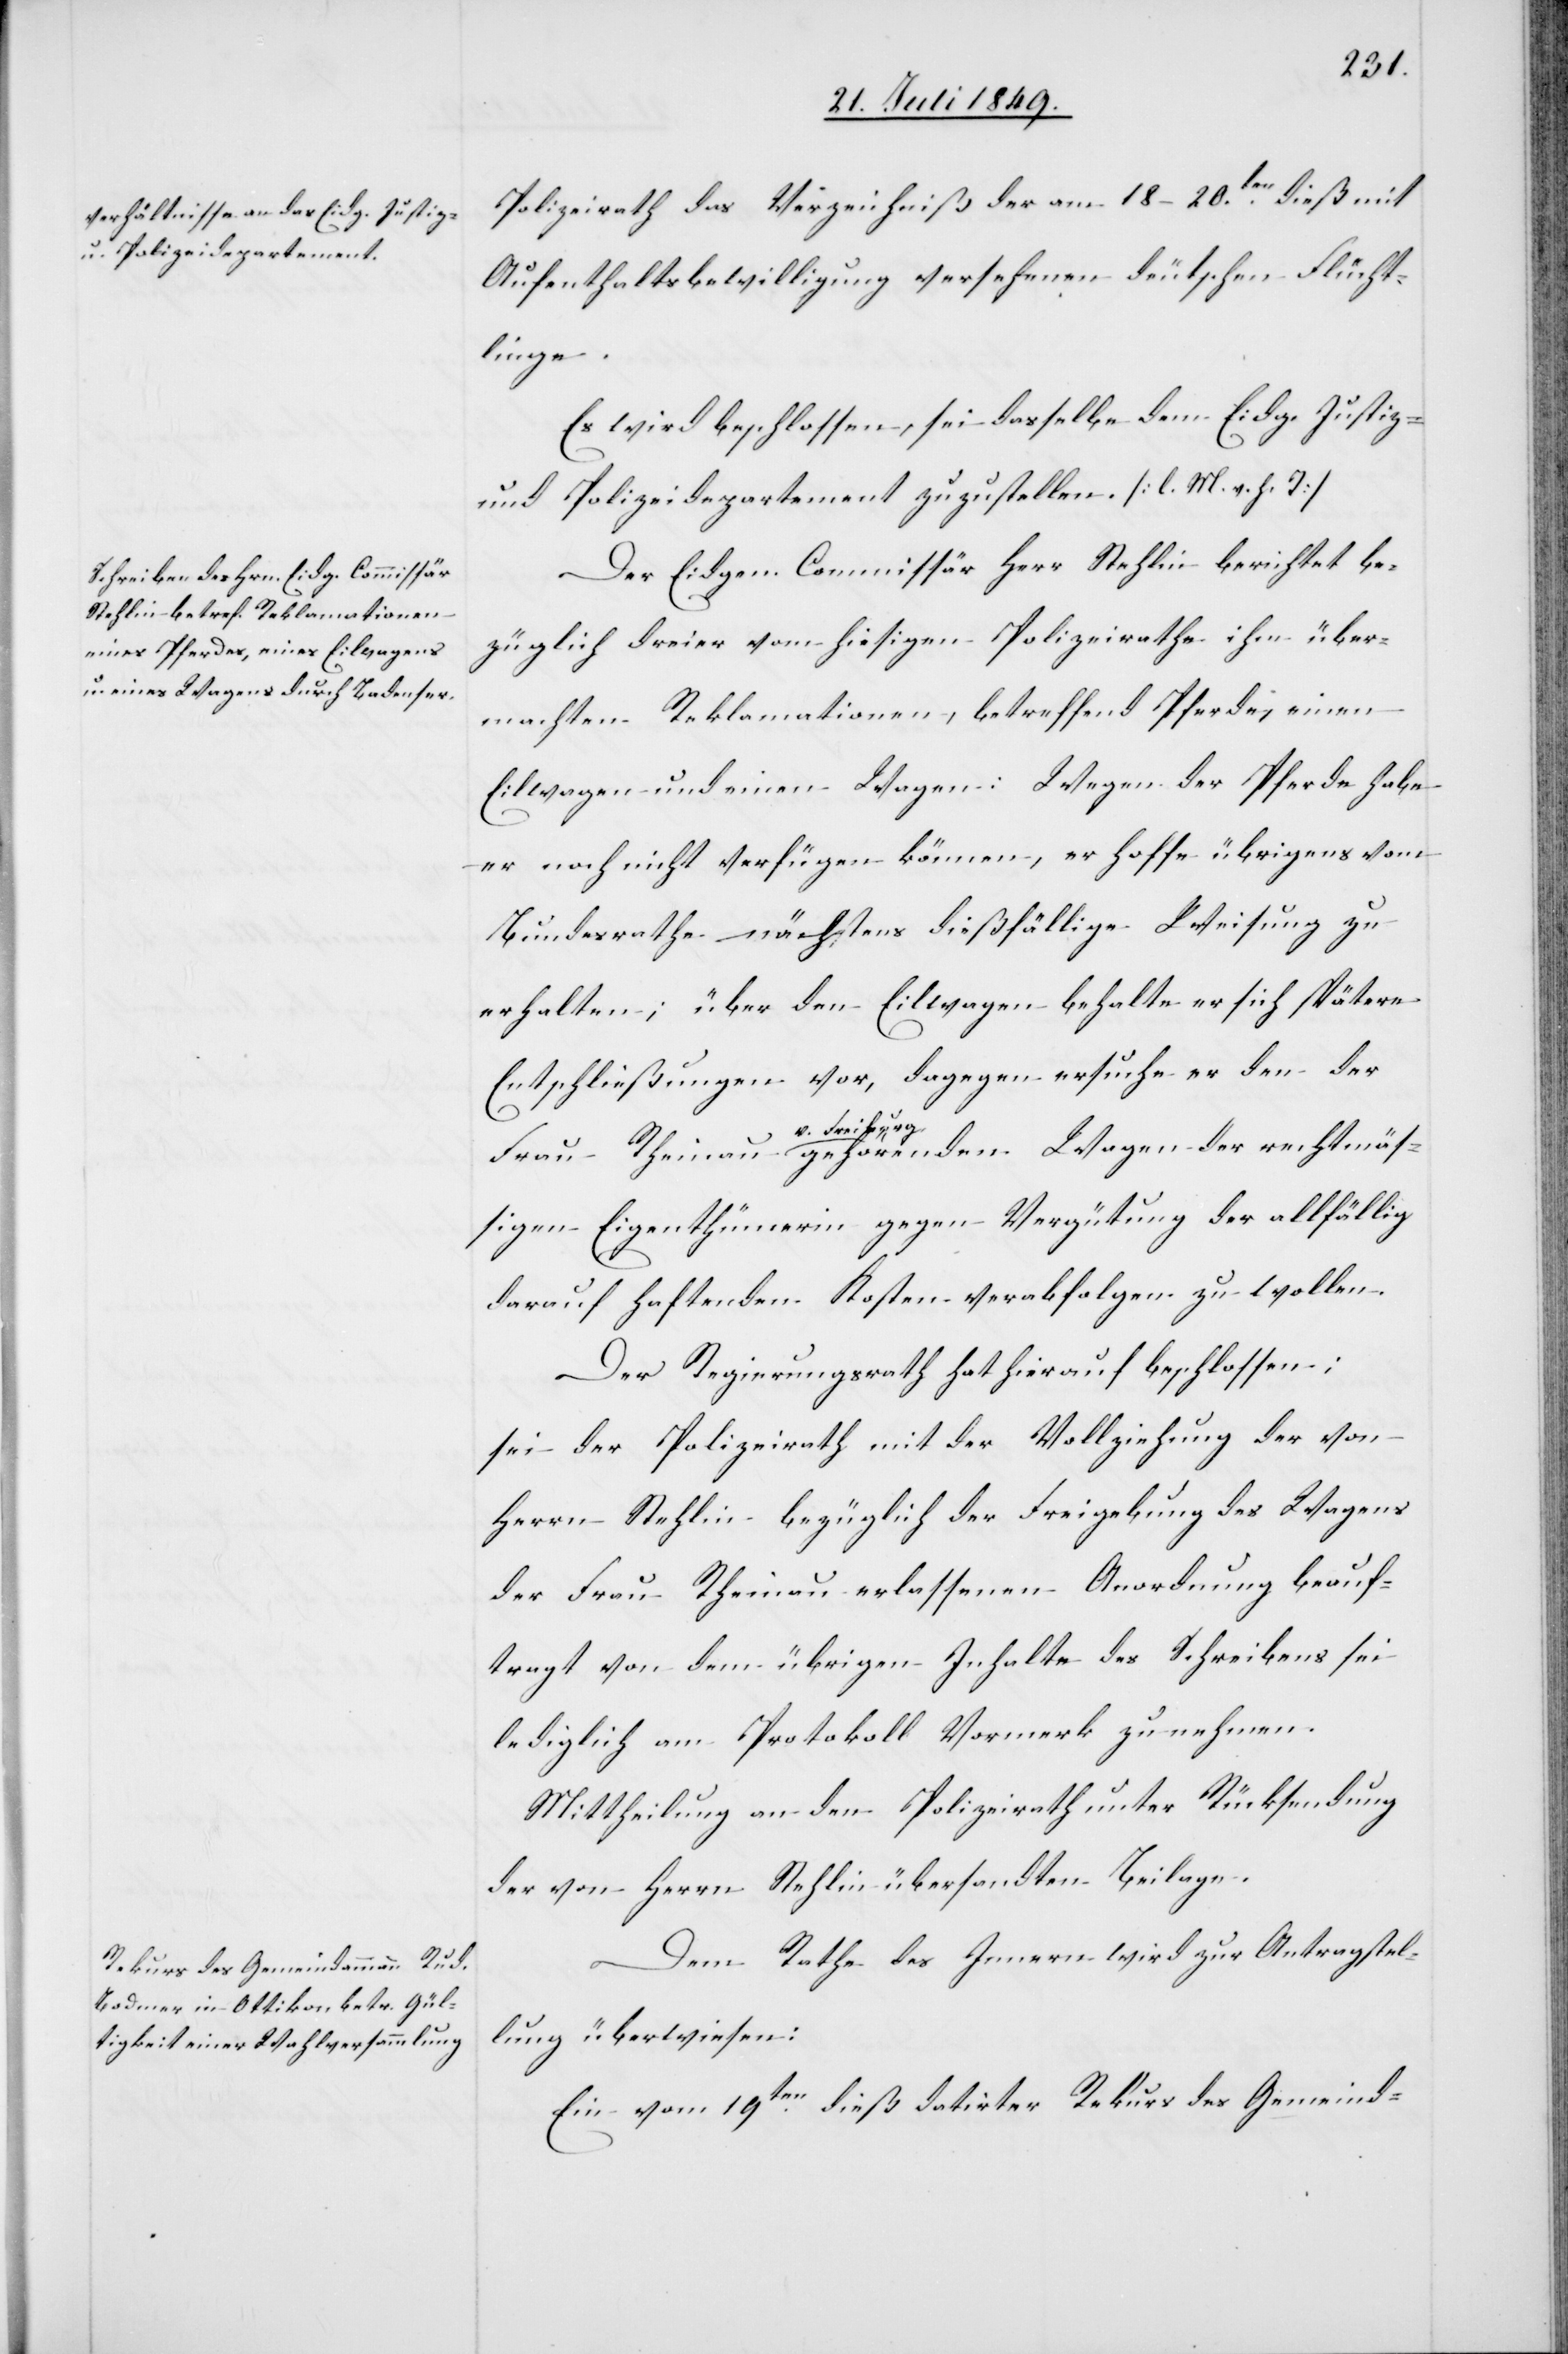
Polizeirath das Verzeichniß der am 18–20ten dieß mit
Aufenthaltsbewilligung versehenen deutschen Flücht¬
linge.
Es wird beschlossen, sei dasselbe dem Eidg. Justiz-
und Polizeidepartement zuzustellen. [l. M. v. h. T]
Der Eidgen. Commissär Herr Stehlin berichtet be¬
züglich dreier vom hiesigen Polizeirathe ihm über¬
machten Reklamationen, betreffend Pferde, einen
Eilwagen und einen Wagen: Wegen der Pferde habe
er noch nicht verfügen können, er hoffe übrigens vom
Bundesrathe nächstens dießfällige Weisung zu
erhalten; über den Eilwagen behalte er sich spätere
Entschließungen vor, dagegen ersuche er den der
Freiburg-a gehörenden Wagen der rechtmäs¬
sigen Eigenthümerin gegen Vergütung der allfällig
darauf haftenden Kosten verabfolgen zu wollen.
Der Regierungsrath hat hierauf beschlossen:
sei der Polizeirath mit der Vollziehung der von
Herrn Stehlin bezüglich der Freigebung des Wagens
der Frau Rheinau erlassenen Anordnung beauf¬
tragt von dem übrigen Inhalte des Schreibens sei
lediglich am Protokoll Vormerk zu nehmen.
Mittheilung an den Polizeirath unter Rücksendung
der von Herrn Stehlin übersandten Beilage.
Dem Rathe des Innern wird zur Antragstel¬
lung überwiesen:
Ein vom 19ten dieß datirter Rekurs des Gemeind-